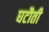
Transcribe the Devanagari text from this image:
घटौती